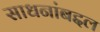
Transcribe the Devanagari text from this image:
साधनांबद्दल